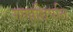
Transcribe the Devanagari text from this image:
गणाधिपति